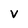
Character: V